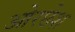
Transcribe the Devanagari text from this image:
ओरछेश